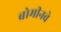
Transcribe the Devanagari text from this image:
ब्रोमीनचे